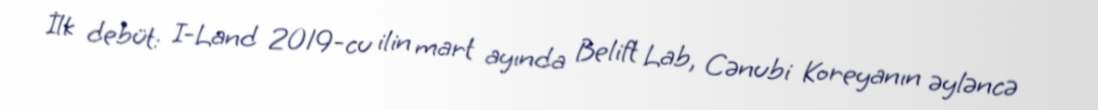
İlk debüt: I-Land 2019-cu ilin mart ayında Belift Lab, Cənubi Koreyanın əyləncə